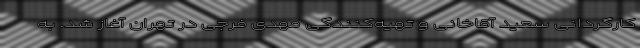
کارگردانی سعید آقاخانی و تهیه‌کنندگی مهدی فرجی در تهران آغاز شد. به